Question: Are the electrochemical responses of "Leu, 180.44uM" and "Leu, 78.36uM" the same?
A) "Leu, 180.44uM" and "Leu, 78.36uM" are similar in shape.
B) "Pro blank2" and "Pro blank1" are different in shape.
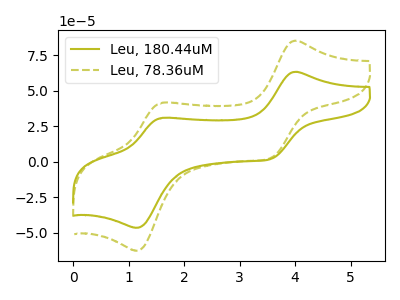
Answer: <think>The olive curve "Leu, 180.44uM" has anodic peaks at (4.00V, 63.15uA) (1.60V, 30.85uA) and cathodic peaks at (3.55V, 2.00uA) (1.15V, -46.40uA). The olive dashed curve "Leu, 78.36uM" has anodic peaks at (4.00V, 85.05uA) (1.60V, 41.55uA) and cathodic peaks at (3.55V, 2.70uA) (1.15V, -62.50uA).
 All the peaks in "Leu, 180.44uM" have a peak in "Leu, 78.36uM" at the same potential.</think>
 <answer>A) "Leu, 180.44uM" and "Leu, 78.36uM" are similar in shape.</answer>
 <eval>A</eval>